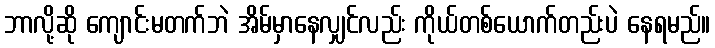
ဘာလို့ဆို ကျောင်းမတက်ဘဲ အိမ်မှာနေလျှင်လည်း ကိုယ်တစ်ယောက်တည်းပဲ နေရမည်။